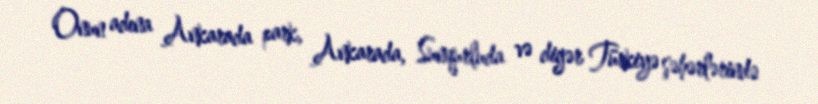
Onun adına Ankarada park, Ankarada, Sunqurluda və digər Türkiyə şəhərlərində